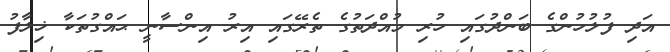
އަދި ފުލުހުންގެ ބަންދުގައި ހުރި މުއްދަތުގެ ތެރޭގައި އިރު އިންސާނީ ޙައްގުތަކާ ޚިލާފު